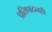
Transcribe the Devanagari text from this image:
प्रतिपादनही